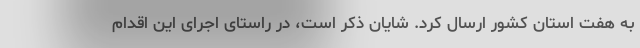
به هفت استان کشور ارسال کرد. شایان ذکر است، در راستای اجرای این اقدام